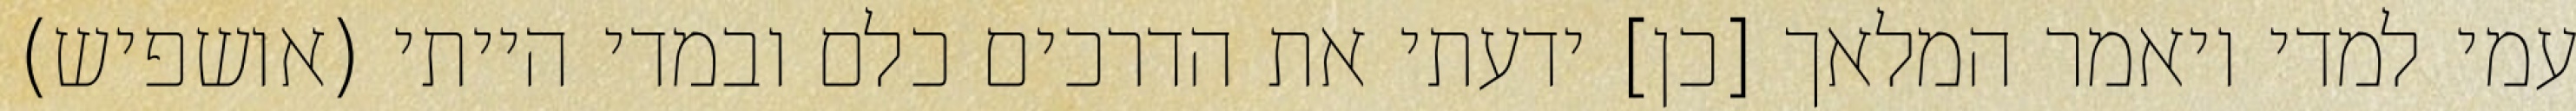
עמי למדי ויאמר המלאך [כן] ידעתי את הדרכים כלם ובמדי הייתי (אושפיש)